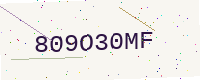
Text: 809O30MF